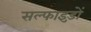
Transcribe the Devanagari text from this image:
सल्फाइड़ों